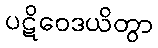
ပဋိဝေဒယိတွာ